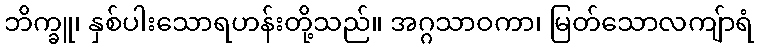
ဘိက္ခူ၊ နှစ်ပါးသောရဟန်းတို့သည်။ အဂ္ဂသာဝကာ၊ မြတ်သောလကျ်ာရံ